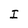
Character: I